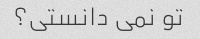
تو نمی دانستی؟